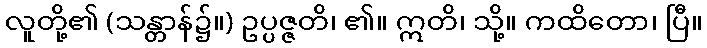
လူတို့၏ (သန္တာန်၌။) ဥပ္ပဇ္ဇတိ၊ ၏။ ဣတိ၊ သို့။ ကထိတော၊ ပြီ။